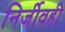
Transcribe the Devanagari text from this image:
निर्जीवही